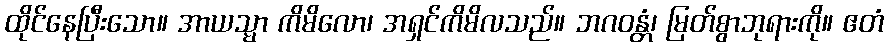
ထိုင်နေပြီးသော။ အာယသ္မာ ကိမိလော၊ အရှင်ကိမိလသည်။ ဘဂဝန္တံ၊ မြတ်စွာဘုရားကို။ ဧတံ